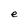
Character: e